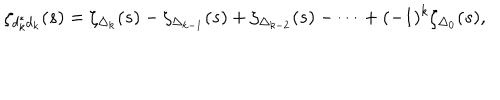
\zeta _ { d _ { k } ^ { * } d _ { k } } ( s ) = \zeta _ { \Delta _ { k } } ( s ) - \zeta _ { \Delta _ { k - 1 } } ( s ) + \zeta _ { \Delta _ { k - 2 } } ( s ) - \cdots + ( - 1 ) ^ { k } \zeta _ { \Delta _ { 0 } } ( s ) ,